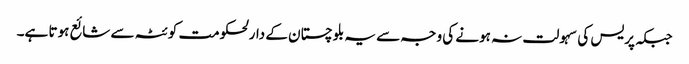
جبکہ پریس کی سہولت نہ ہونے کی وجہ سے یہ بلوچستان کے دارلحکومت کوئٹہ سے شائع ہوتا ہے۔